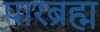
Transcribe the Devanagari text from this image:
पारब्रह्म